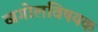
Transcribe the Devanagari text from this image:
खगोलविषयक